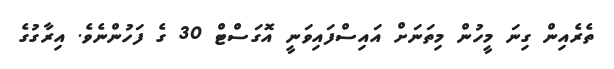
ތެރެއިން ގިނަ މީހުން މިތަނަށް އައިސްފައިވަނީ އޮގަސްޓް 30 ގެ ފަހުންނެވެ. އިރާގުގެ